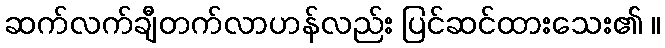
ဆက်လက်ချီတက်လာဟန်လည်း ပြင်ဆင်ထားသေး၏ ။